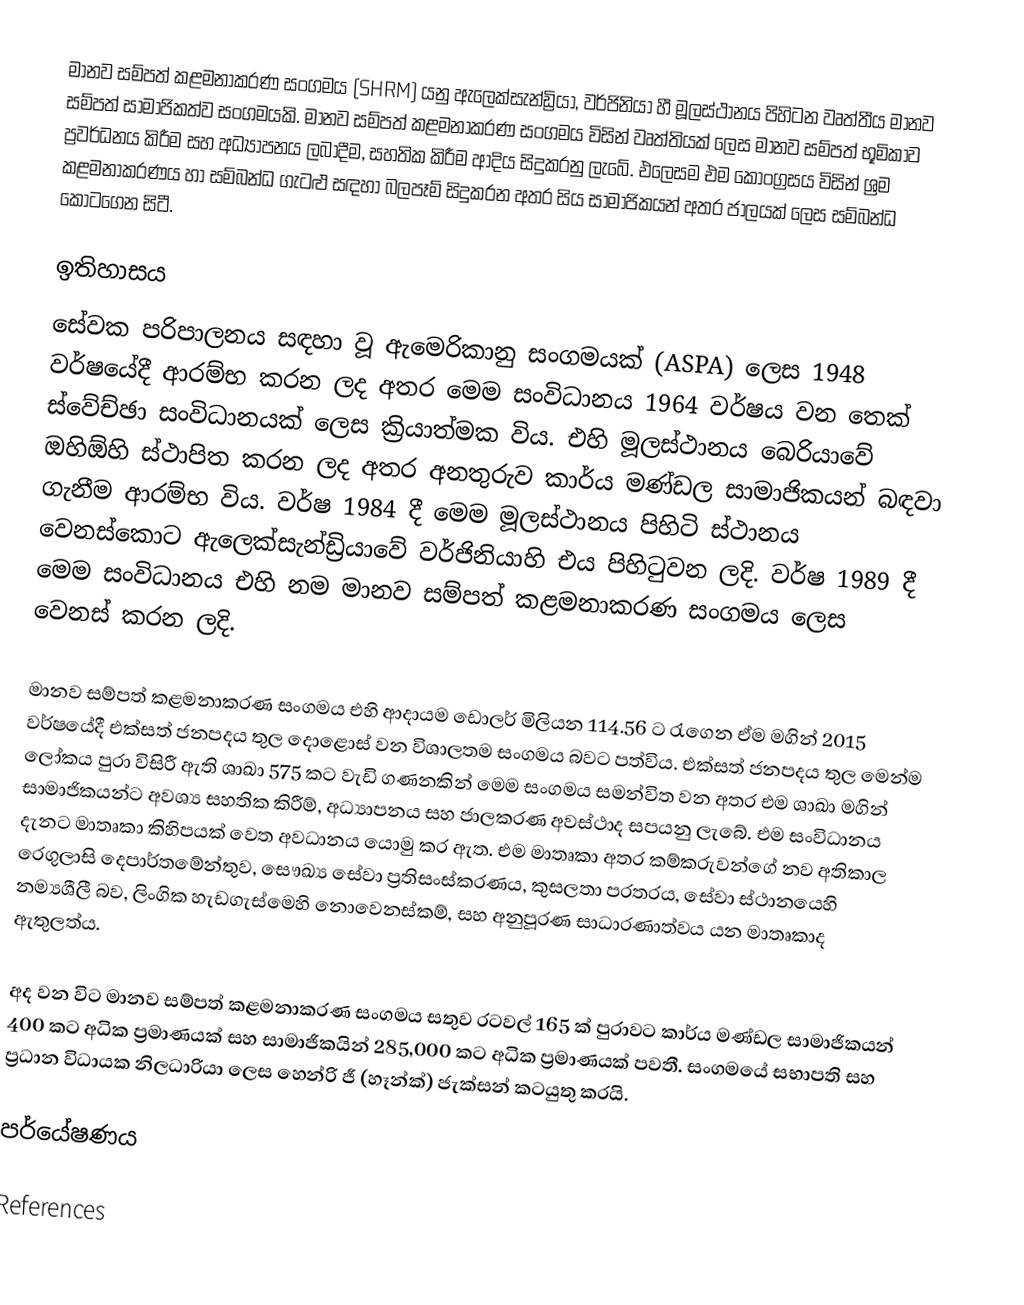
මානව සම්පත් කළමනාකරණ සංගමය (SHRM) යනු ඇලෙක්සැන්ඩ්‍රියා, වර්ජිනියා හී මූලස්ථානය පිහිටන වෘත්තීය මානව සම්පත් සාමාජිකත්ව සංගමයකි.  මානව සම්පත් කළමනාකරණ සංගමය විසින් වෘත්තියක් ලෙස මානව සම්පත් භූමිකාව ප්‍රවර්ධනය කිරීම සහ අධ්‍යාපනය ලබාදීම, සහතික කිරීම ආදිය සිදුකරනු ලැබේ. එලෙසම එම කොංග්‍රසය විසින් ශ්‍රම කළමනාකරණය හා සම්බන්ධ ගැටළු සඳහා බලපෑම් සිදුකරන අතර සිය සාමාජිකයන් අතර ජාලයක් ලෙස සම්බන්ධ කොටගෙන සිටී.

ඉතිහාසය
සේවක පරිපාලනය සඳහා වූ ඇමෙරිකානු සංගමයක් (ASPA) ලෙස 1948 වර්ෂයේදී ආරම්භ කරන ලද අතර මෙම සංවිධානය 1964 වර්ෂය වන තෙක් ස්වේච්ඡා  සංවිධානයක් ලෙස ක්‍රියාත්මක විය. එහි මූලස්ථානය බෙරියාවේ ඔහිඕහි ස්ථාපිත කරන ලද අතර අනතුරුව කාර්ය මණ්ඩල සාමාජිකයන් බඳවා ගැනීම ආරම්භ විය. වර්ෂ 1984 දී මෙම මූලස්ථානය පිහිටි ස්ථානය වෙනස්කොට ඇලෙක්සැන්ඩ්‍රියාවේ වර්ජිනියාහි එය පිහිටුවන ලදි. වර්ෂ 1989 දී මෙම සංවිධානය එහි නම මානව සම්පත් කළමනාකරණ සංගමය ලෙස වෙනස් කරන ලදි.

මානව සම්පත් කළමනාකරණ සංගමය එහි ආදායම ඩොලර් මිලියන 114.56 ට රැගෙන ඒම මගින් 2015 වර්ෂයේදී එක්සත් ජනපදය තුල දොළොස් වන විශාලතම සංගමය බවට පත්විය. එක්සත් ජනපදය තුල මෙන්ම ලෝකය පුරා විසිරී ඇති ශාඛා 575 කට වැඩි ගණනකින් මෙම සංගමය සමන්විත වන අතර එම ශාඛා මගින් සාමාජිකයන්ට අවශ්‍ය සහතික කිරීම්, අධ්‍යාපනය සහ ජාලකරණ අවස්ථාද සපයනු ලැබේ. එම සංවිධානය දැනට මාතෘකා කිහිපයක් වෙත අවධානය යොමු කර ඇත. එම මාතෘකා අතර කම්කරුවන්ගේ නව අතිකාල රෙගුලාසි දෙපාර්තමේන්තුව, සෞඛ්‍ය සේවා ප්‍රතිසංස්කරණය, කුසලතා පරතරය, සේවා ස්ථානයෙහි නම්‍යශීලී බව, ලිංගික හැඩගැස්මෙහි නොවෙනස්කම්, සහ අනුපූරණ සාධාරණාත්වය යන මාතෘකාද ඇතුලත්ය.  

අද වන විට මානව සම්පත් කළමනාකරණ සංගමය සතුව රටවල් 165 ක් පුරාවට කාර්ය මණ්ඩල සාමාජිකයන් 400 කට අධික ප්‍රමාණයක් සහ සාමාජිකයින් 285,000 කට අධික ප්‍රමාණයක් පවතී. සංගමයේ සභාපති සහ ප්‍රධාන විධායක නිලධාරියා ලෙස හෙන්රි ජී (හෑන්ක්) ජැක්සන් කටයුතු කරයි.

පර්යේෂණය

References